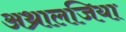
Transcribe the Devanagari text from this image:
अथ्रालजिया